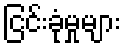
ငြင်းခုံမှုများ